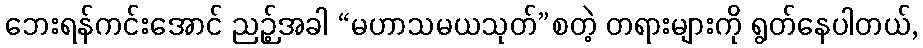
ဘေးရန်ကင်းအောင် ညဉ့်အခါ “မဟာသမယသုတ်”စတဲ့ တရားများကို ရွတ်နေပါတယ်,